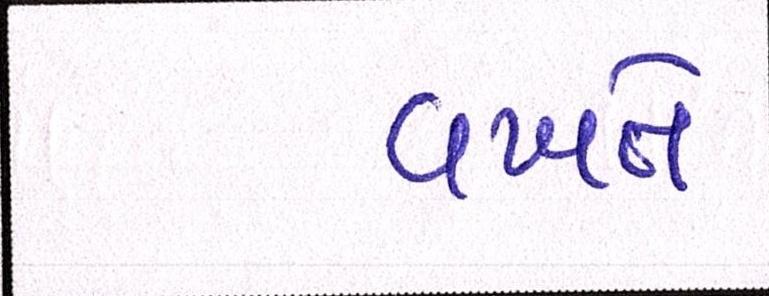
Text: વખતે